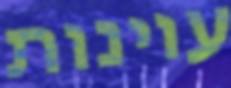
עוינות